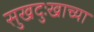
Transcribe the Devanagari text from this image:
सुखदुःखाच्या